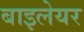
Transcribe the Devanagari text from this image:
बाइलेयर